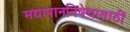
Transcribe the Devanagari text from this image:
मद्यापाननिषेधासाठीं